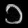
Digit: ၁